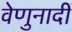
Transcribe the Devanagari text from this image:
वेणुनादीं